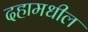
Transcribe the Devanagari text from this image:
दहामधील